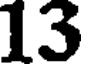
13